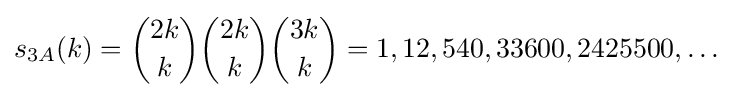
s_{3A}(k)={\binom {2k}{k}}{\binom {2k}{k}}{\binom {3k}{k}}=1,12,540,33600,2425500,\ldots